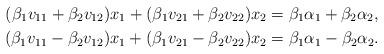
LaTeX: \begin{align*}(\beta_1v_{11}+\beta_2v_{12})x_1+(\beta_1v_{21}+\beta_2v_{22})x_2&=\beta_1\alpha_1+\beta_2\alpha_2,\\(\beta_1v_{11}-\beta_2v_{12})x_1+(\beta_1v_{21}-\beta_2v_{22})x_2&=\beta_1\alpha_1-\beta_2\alpha_2. \end{align*}